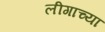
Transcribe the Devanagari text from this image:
लीगाच्या